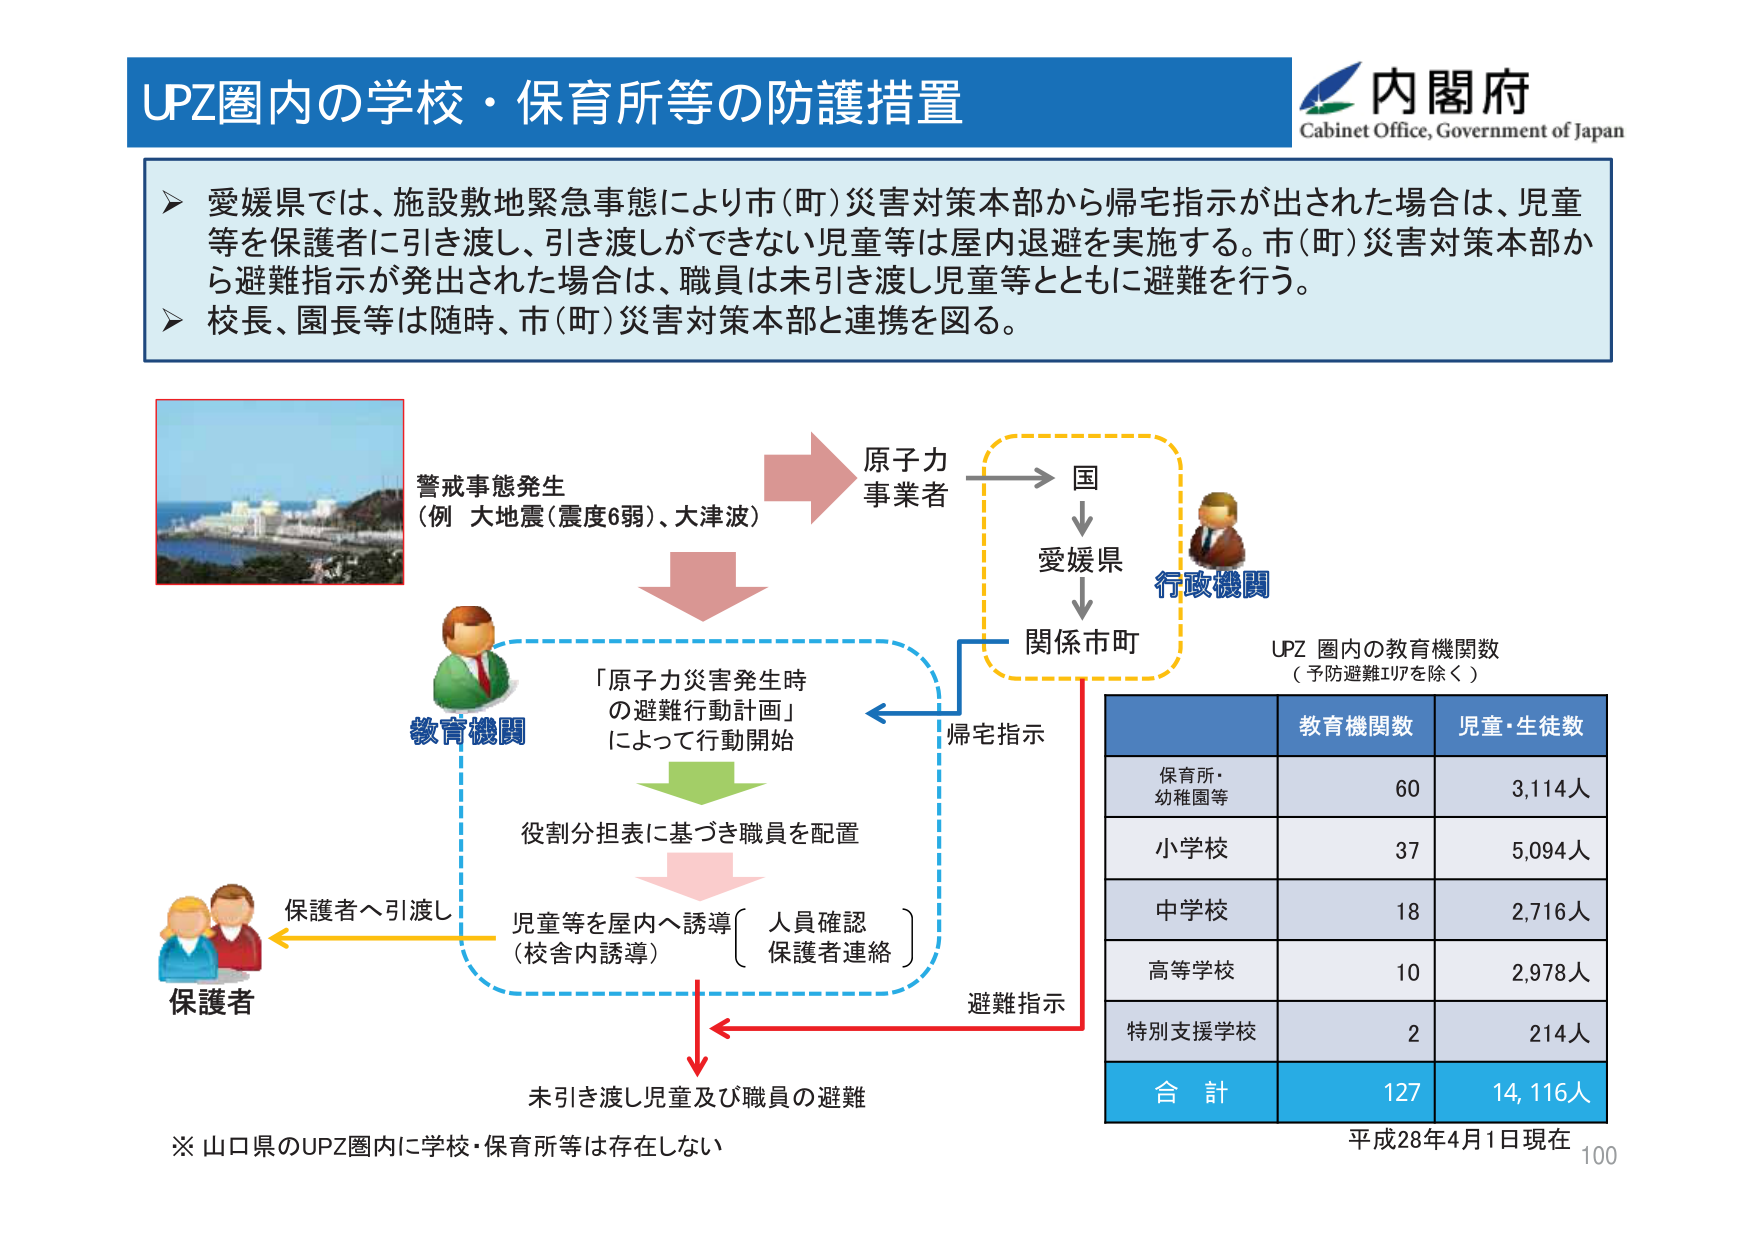
UPZ圏内の学校・保育所等の防護措置

内閣府
Cabinet Office, Government of Japan

▶ 愛媛県では、施設敷地緊急事態により市(町)災害対策本部から帰宅指示が出された場合は、児童等を保護者に引き渡し、引き渡しができない児童等は屋内退避を実施する。市(町)災害対策本部から避難指示が発出された場合は、職員は未引き渡し児童等とともに避難を行う。
▶ 校長、園長等は随時、市(町)災害対策本部と連携を図る。

警戒事態発生
（例 大地震（震度6弱）、大津波）

原子力
事業者

国
↓
愛媛県
↓
関係市町

行政機関

教育機関

「原子力災害発生時
の避難行動計画」
によって行動開始

役割分担表に基づき職員を配置

児童等を屋内へ誘導
（校舎内誘導）

人員確認
保護者連絡

保護者へ引渡し

保護者

帰宅指示

避難指示

未引き渡し児童及び職員の避難

※ 山口県のUPZ圏内に学校・保育所等は存在しない

UPZ 圏内の教育機関数
（予防避難エリアを除く）

教育機関数 児童・生徒数
保育所・
幼稚園等 60 3,114人
小学校 37 5,094人
中学校 18 2,716人
高等学校 10 2,978人
特別支援学校 2 214人
合 計 127 14,116人

平成28年4月1日現在
100